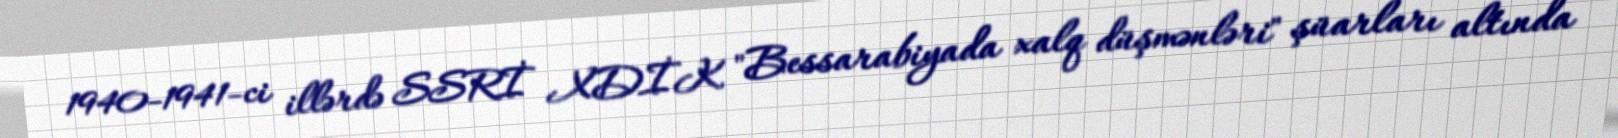
1940-1941-ci illərdə SSRİ XDİK "Bessarabiyada xalq düşmənləri" şüarları altında